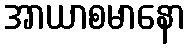
အာယာစမာနော